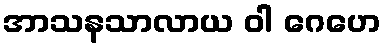
အာသနသာလာယ ဝါ ဂေဟေ